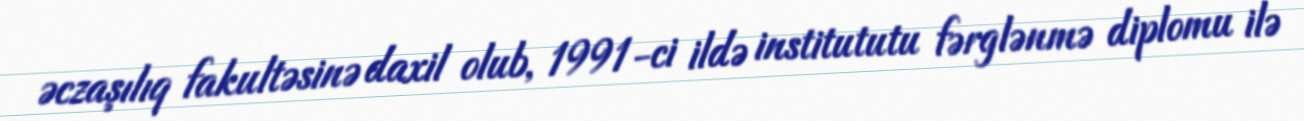
əczaşılıq fakultəsinə daxil olub, 1991-ci ildə institututu fərglənmə diplomu ilə